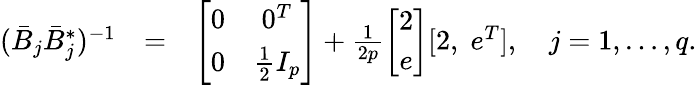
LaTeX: \begin{array}{rlr}{(\bar{B}_{j}\bar{B}_{j}^{*})^{-1}}&{=}&{\left[\begin{array}{cc}{0}&{0^{T}}\\ {0}&{\frac{1}{2}I_{p}}\end{array}\right]+\frac{1}{2p}\left[\begin{array}{c}{2}\\ {e}\end{array}\right][2,\; e^{T}],\quad j=1,\ldots,q.}\end{array}